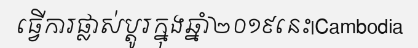
ធ្វើការផ្លាស់ប្តូរក្នុងឆ្នាំ២០១៩នេះ|Cambodia